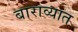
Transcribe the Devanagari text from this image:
बाराव्यात